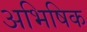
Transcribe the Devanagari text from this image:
अभिषिक